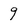
Character: 9